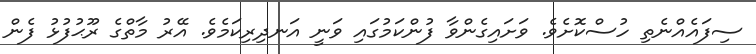
ސިފައެއްނެތި ހުސްކޮށެވެ. ވަށައިގެންވާ ފުންކަމުގައި ވަނީ އަނދިރިކަމެވެ. އޭރު މާތްގެ ރޫޙުފުޅު ފެން